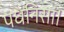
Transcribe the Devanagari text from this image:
पधनिसां।